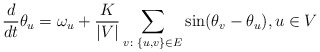
\begin{align*}\frac{d}{dt}\theta_u=\omega_u+\frac{K}{|V|}\sum_{v\colon \{u,v\}\in E}\sin(\theta_v-\theta_u), u\in V\end{align*}